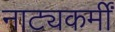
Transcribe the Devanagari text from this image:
नाट्यकर्मीं